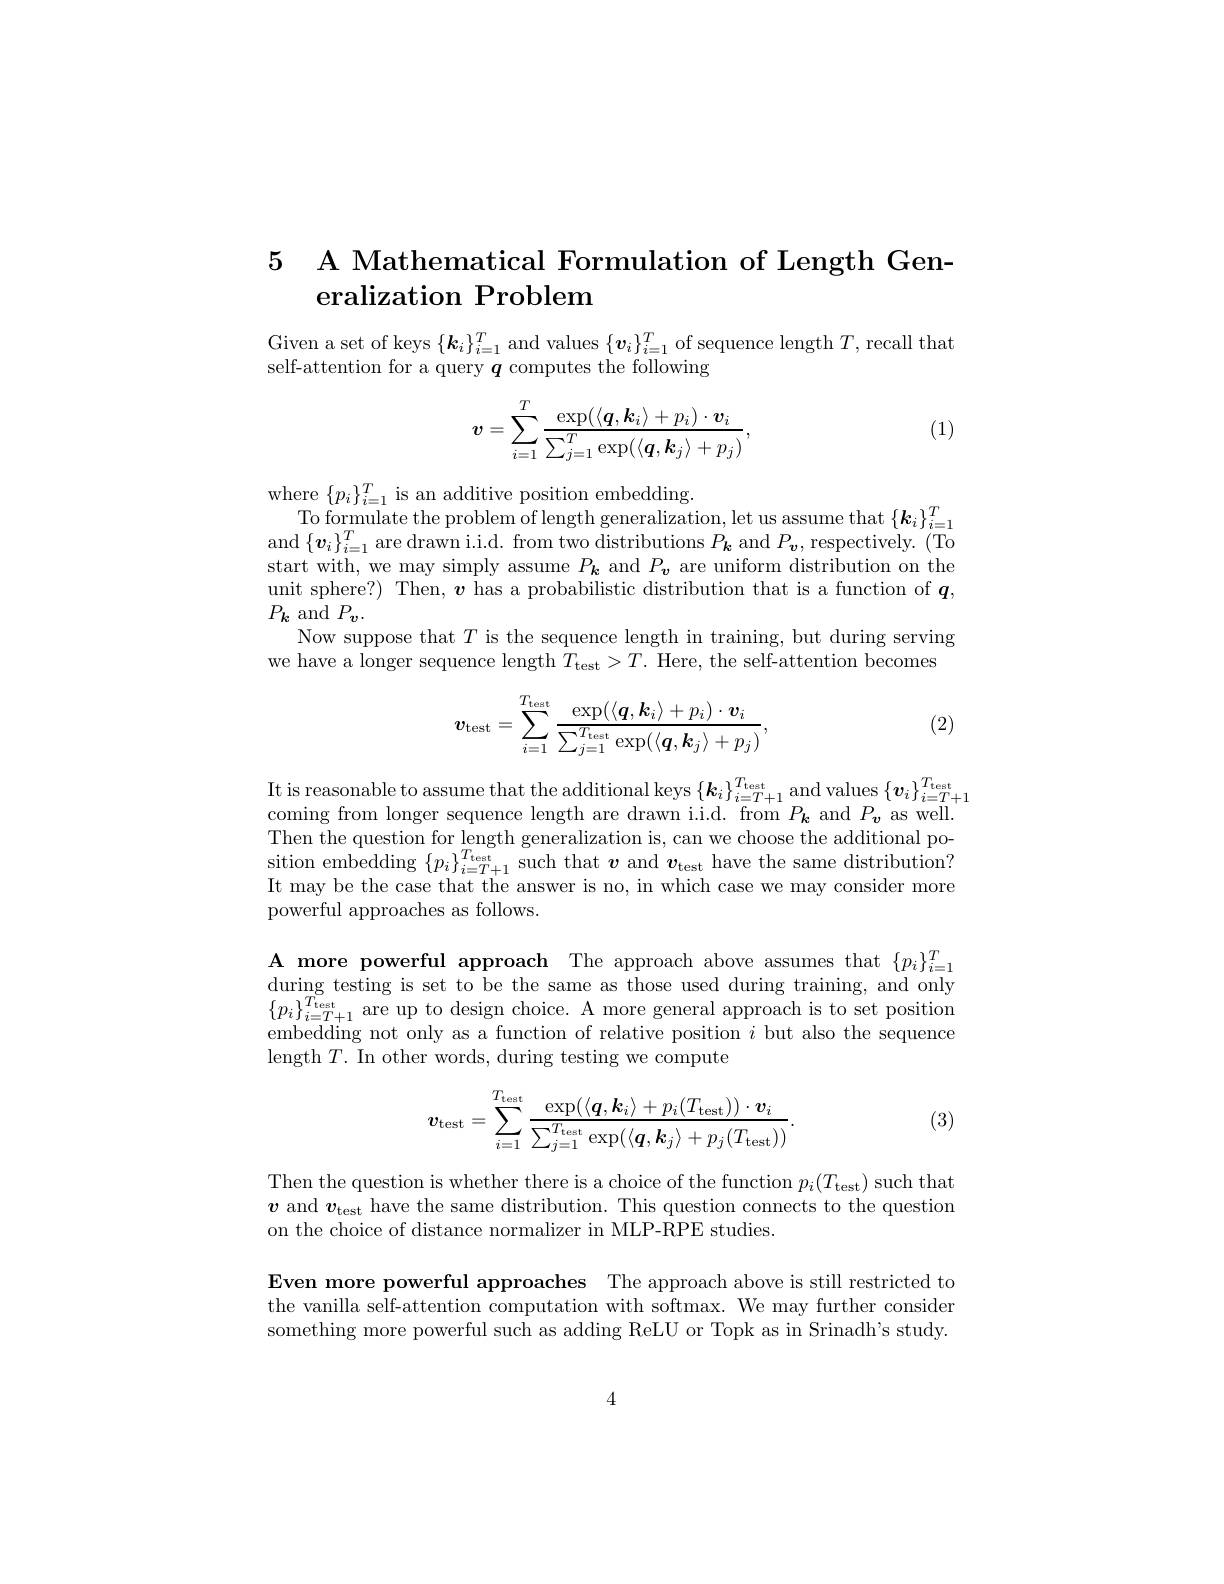
## 5 A Mathematical Formulation of Length Generalization Problem

Given a set of keys $\{\boldsymbol{k}_i\}_{i=1}^T$ and values $\{\boldsymbol{v}_i\}_i=1^T$ of sequence length $T$,recall that
self-attention for a query $q$ computes the following
$$v=\sum_{i=1}^T\frac{\exp(\langle\boldsymbol{q},\boldsymbol{k}_i\rangle+p_i)\cdot\boldsymbol{v}_i}{\sum_{j=1}^T\exp(\langle\boldsymbol{q},\boldsymbol{k}_j\rangle+p_j)},$$
(1)

where $\{p_{i}\}_{i=1}^{T}$ is an additive position embedding
To formulate the problem of length generalization, let us assume that $\{\boldsymbol k_{i}\}_{i=1}^{T}$ and $\{\boldsymbol v_{i}\}_{i=1}^{T}$are drawn i.i.d. from two distributions $P_{\boldsymbol{k}}$ and $P_{\boldsymbol{v}}$, respectively. (To start with, we may simply assume $P_{\boldsymbol{k}}$ and $P_{\boldsymbol{v}}$ are uniform distribution on the unit sphere?) Then, $\boldsymbol{v}$ has a probabilistic distribution that is a function of $\boldsymbol{q}$, $P_{k}$ and $P_{v}.$
Now suppose that $T$ is the sequence length in training, but during serving we have a longer sequence length $T_\mathrm{test}>T.$ Here, the self-attention becomes

(2)
$$\boldsymbol{v}_{\mathrm{test}}=\sum_{i=1}^{T_{\mathrm{test}}}\frac{\exp(\langle\boldsymbol{q},\boldsymbol{k}_{i}\rangle+p_{i})\cdot\boldsymbol{v}_{i}}{\sum_{j=1}^{T_{\mathrm{test}}}\exp(\langle\boldsymbol{q},\boldsymbol{k}_{j}\rangle+p_{j})},$$
$\begin{array}{c}{\mathrm{It~is~reasonable~to~assume~that~the~additional~keys~}\{\boldsymbol{k}_{i}\}_{i=T+1}^{T_{\mathrm{test}}}\text{ and values }\{\boldsymbol{v}_{i}\}_{i=T+1}^{T_{\mathrm{test}}}}\\{\mathrm{It~is~reasonable~to~asssume~that~the~addditional~keys~}\{\boldsymbol{k}_{i}\}_{i=T+1}^{T_{\mathrm{test}}}\text{ and values }\{\boldsymbol{v}_{i}\}_{i=}}\end{array}$
coming from longer sequence length are drawn i.i.d. from $P_{\mathbf{k}}$ and $P_{\mathbf{v}}$ as well. Then the question for length generalization is, can we choose the additional position embedding $\{p_{i}\}_{i=T+1}^{I_{\mathrm{test}}}$such that $\boldsymbol v$ and $\boldsymbol v_\mathrm{test}$ have the same distribution? It may be the case that the answer is no, in which case we may consider more powerful approaches as follows.

A more powerful approach The approach above assumes that $\{p_i\}_{i=1}^T$ during testing is set to be the same as those used during training, and only $\{p_{i}\}_{i=T+1}^{T_{\mathrm{test}}}$ are up to design choice. A more general approach is to set position embedding not only as a function of relative position $i$ but also the sequence length $T.$ In other words, during testing we compute

(3)
$$v_{\mathrm{test}}=\sum_{i=1}^{T_{\mathrm{test}}}\frac{\exp(\langle\boldsymbol{q},\boldsymbol{k}_{i}\rangle+p_{i}(T_{\mathrm{test}}))\cdot\boldsymbol{v}_{i}}{\sum_{j=1}^{T_{\mathrm{test}}}\exp(\langle\boldsymbol{q},\boldsymbol{k}_{j}\rangle+p_{j}(T_{\mathrm{test}}))}.$$
Then the question is whether there is a choice of the function $p_i(T_{\mathrm{test}})$ such that $\boldsymbol{v}$ and $\boldsymbol{v}_\mathrm{test}$ have the same distribution. This question connects to the question on the choice of distance normalizer in MLP-RPE studies.

Even more powerful approaches The approach above is still restricted to the vanilla self-attention computation with softmax. We may further consider something more powerful such as adding ReLU or Topk as in Srinadh's study.

4